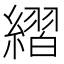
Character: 䌌